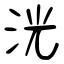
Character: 洸